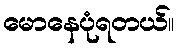
မောနေပုံရတယ်။